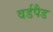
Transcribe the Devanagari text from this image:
वर्डपैड